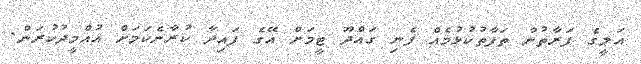
އަލީގެ ފަރާތުން ތަފާތުކުޅުމެެއް ފެނި ގައްދޫ ޓީމަށް އޭގެ ފައިދާ ކުރާނެކަމަށް އުއްމީދުކުރަން.